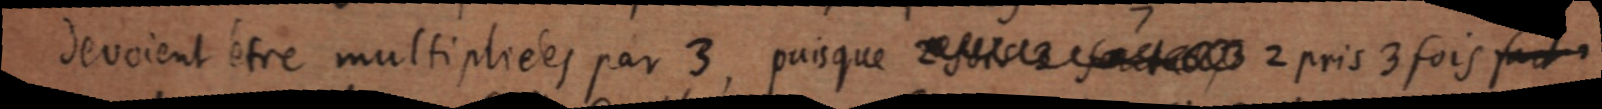
devaient être multipliées par 3, puisque 2 sont 2 2 pris 3 fois fait